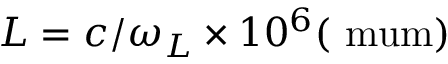
L = c / \omega _ { L } \times 1 0 ^ { 6 } ( \mathrm { \ m u m ) }